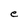
Character: e